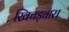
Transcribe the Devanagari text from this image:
खिचड़वार।